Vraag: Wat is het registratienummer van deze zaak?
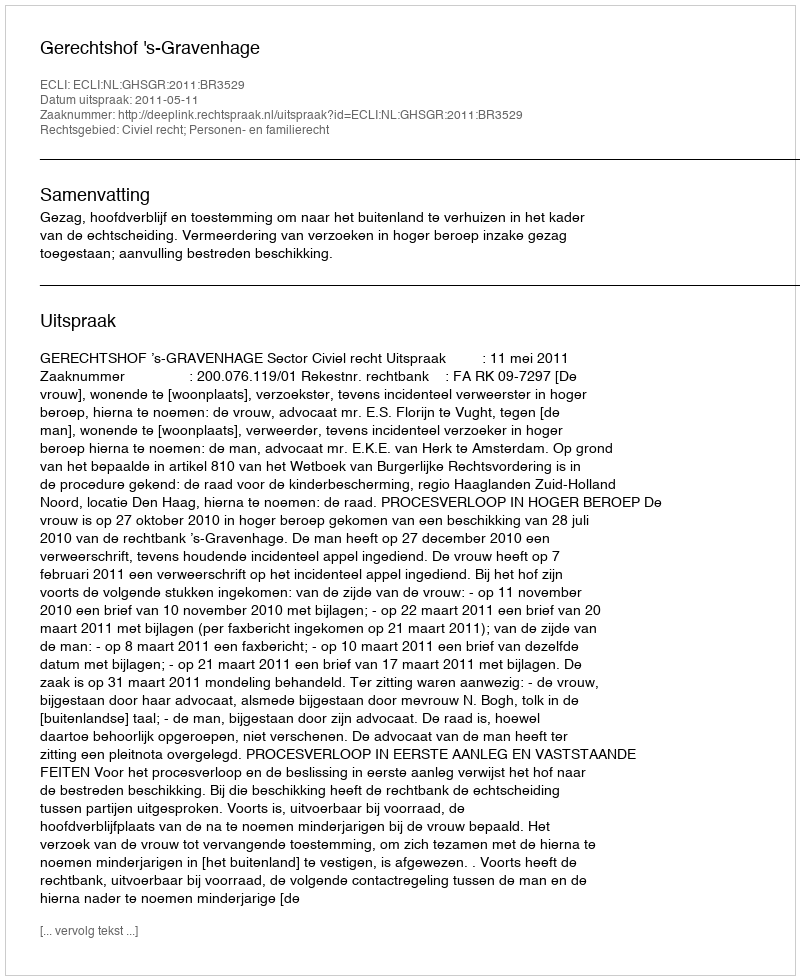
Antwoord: http://deeplink.rechtspraak.nl/uitspraak?id=ECLI:NL:GHSGR:2011:BR3529